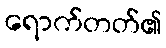
ရောက်တတ်၏